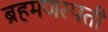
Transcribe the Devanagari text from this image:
ब्रहमणस्पती